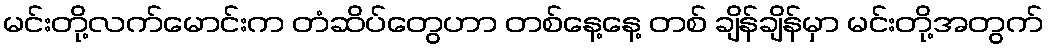
မင်းတို့လက်မောင်းက တံဆိပ်တွေဟာ တစ်နေ့နေ့ တစ် ချိန်ချိန်မှာ မင်းတို့အတွက်